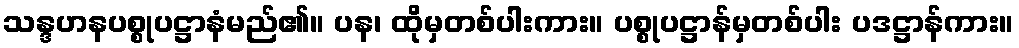
သန္ဒဟနပစ္စုပဋ္ဌာနံမည်၏။ ပန၊ ထိုမှတစ်ပါးကား။ ပစ္စုပဋ္ဌာန်မှတစ်ပါး ပဒဋ္ဌာန်ကား။